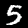
Digit: 5